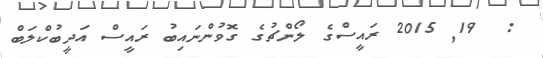
:  19